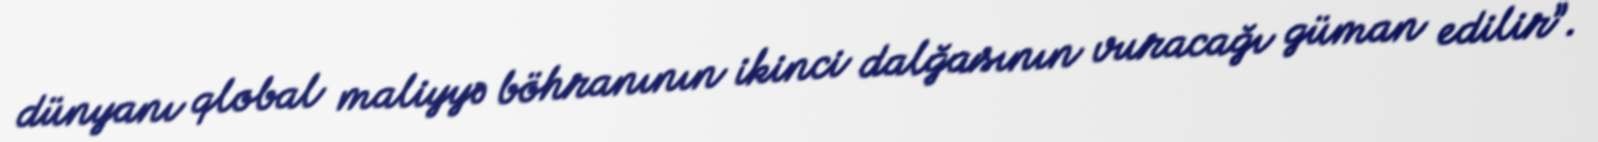
dünyanı qlobal maliyyə böhranının ikinci dalğasının vuracağı güman edilir”.